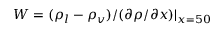
W = ( { \rho _ { l } } - { \rho _ { v } } ) / ( \partial \rho / \partial x ) { | _ { x = 5 0 } }